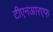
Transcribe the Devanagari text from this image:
टीएनआरएफ